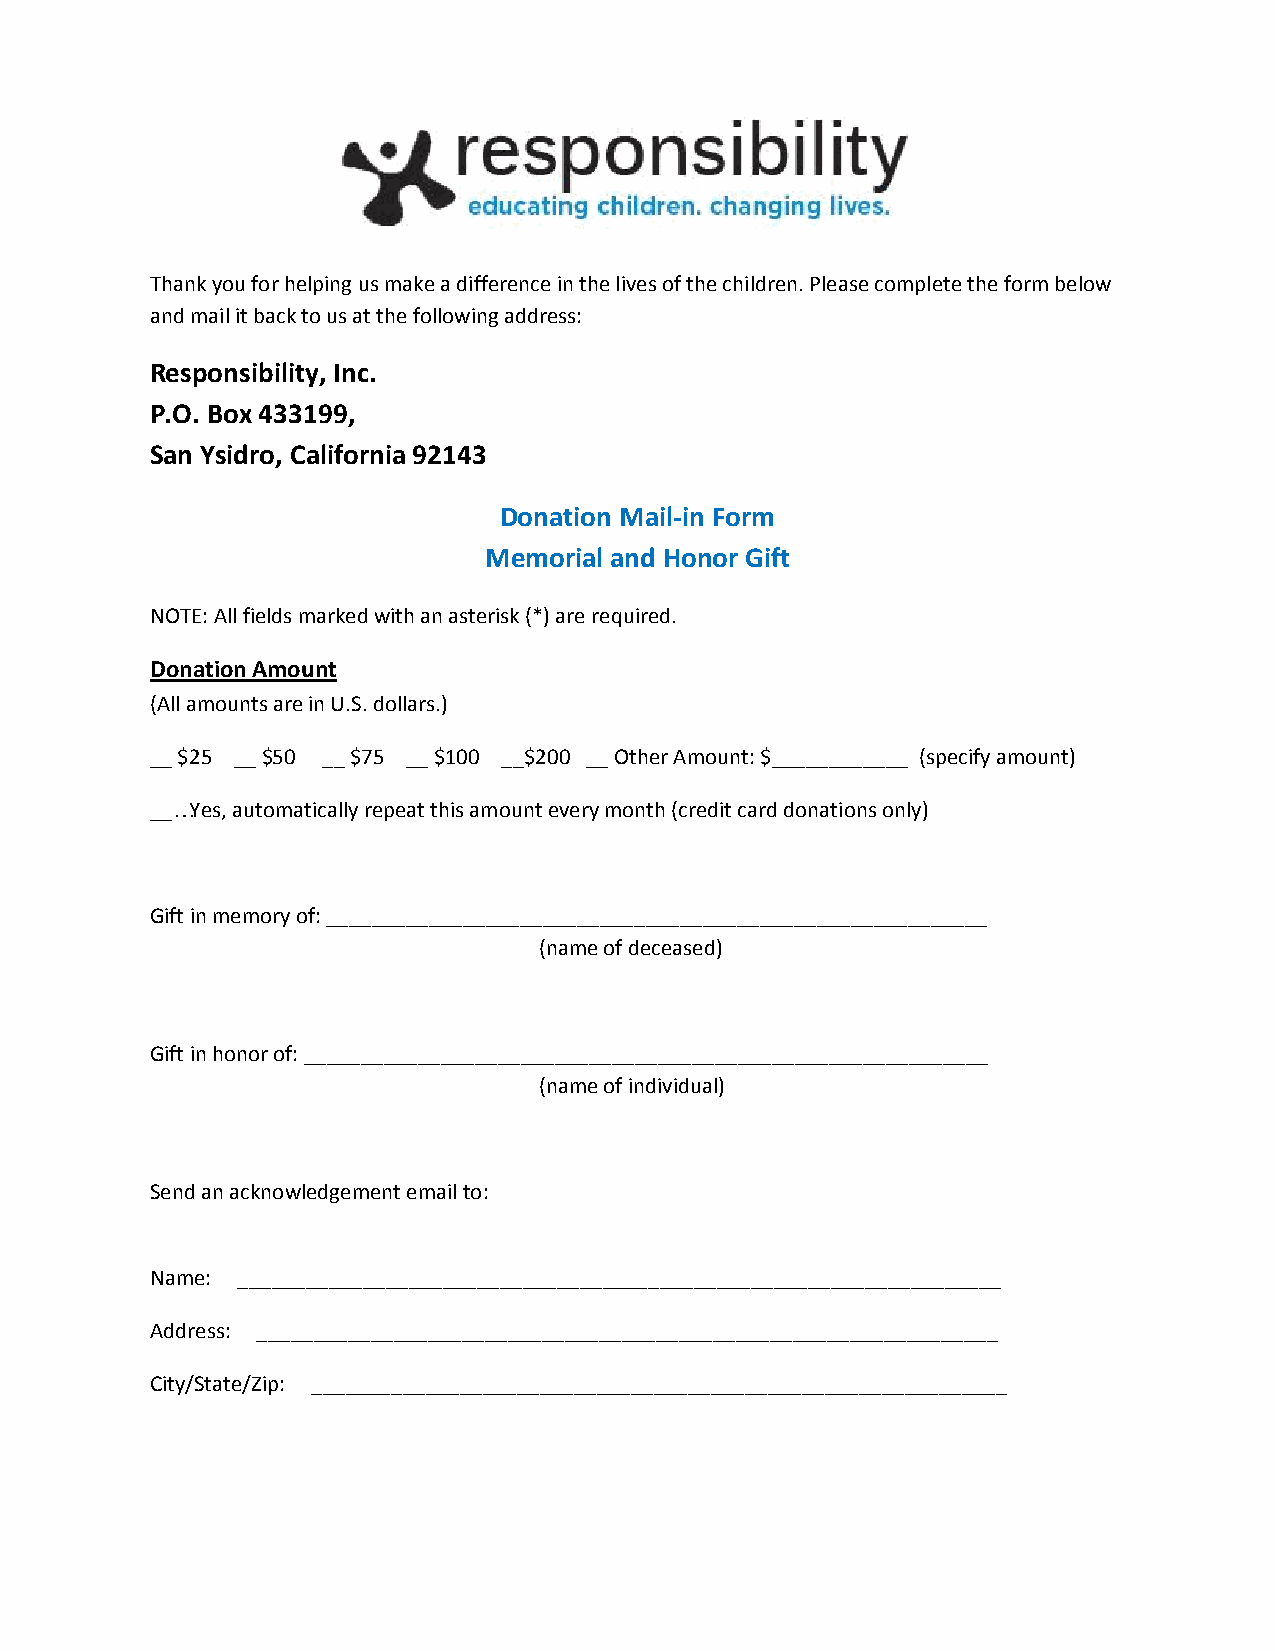
Thank you for helping us make a difference in the lives of the children. Please complete the form below
 and mail it back to us at the following address:
 Responsibility, Inc.
 P.O. Box 433199,
 San Ysidro, California 92143
 Donation Mail-in Form
 Memorial and Honor Gift
 NOTE: All fields marked with an asterisk (*) are required.
 Donation Amount
 (All amounts are in U.S. dollars.)
 __ $25 __ $50 __ $75 __ $100 __$200 __ Other Amount: $____________ (specify amount)
 __… Yes, automatically repeat this amount every month (credit card donations only)
 Gift in memory of: __________________________________________________________
 (name of deceased)
 Gift in honor of: ____________________________________________________________
 (name of individual)
 Send an acknowledgement email to:
 Name: ___________________________________________________________________
 Address: _________________________________________________________________
 City/State/Zip: _____________________________________________________________